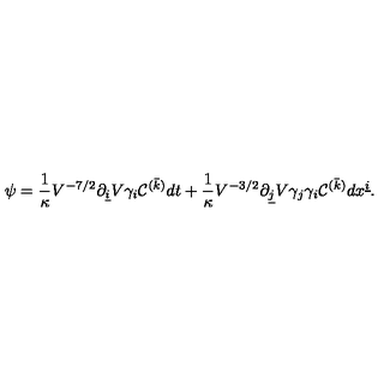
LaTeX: \psi = { \frac { 1 } { \kappa } } V ^ { - 7 / 2 } \partial _ { \underline { { i } } } V \gamma _ { i } { \cal C } ^ { ( \bar { k } ) } d t + { \frac { 1 } { \kappa } } V ^ { - 3 / 2 } \partial _ { \underline { { j } } } V \gamma _ { j } \gamma _ { i } { \cal C } ^ { ( \bar { k } ) } d x ^ { \underline { { i } } } . \nonumber \relax